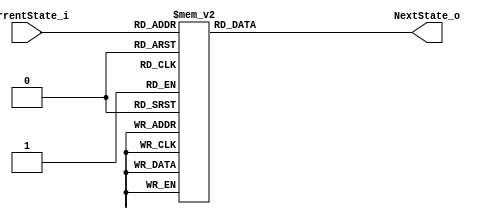
module NEXTSTATE(NextState_o, CurrentState_i);
	parameter 	S0 = 4'b0000,
					S1 = 4'b0001,
					S2 = 4'b0010,
					S3 = 4'b0011,
					S4 = 4'b0100,
					S5 = 4'b0101,
					S6 = 4'b0110,
					S7 = 4'b0111,
					S8 = 4'b1000,
					S9 = 4'b1001,
					S10 = 4'b1010,
					S11 = 4'b1011,
					S12 = 4'b1100,
					S13 = 4'b1101,
					S14 = 4'b1110;
	
	input [3:0] CurrentState_i;
	output [3:0] NextState_o;
	
	wire [3:0] CurrentState_i;
	reg [3:0] NextState_o;
	
	always @ (CurrentState_i) begin
		case (CurrentState_i)
			S0: NextState_o = S1;
			S1: NextState_o = S2;
			S2: NextState_o = S3;
			S3: NextState_o = S4;
			S4: NextState_o = S5;
			S5: NextState_o = S6;
			S6: NextState_o = S7;
			S7: NextState_o = S8;
			S8: NextState_o = S9;
			S9: NextState_o = S10;
			S10: NextState_o = S11;
			S11: NextState_o = S12;
			S12: NextState_o = S13;
			S13: NextState_o = S14;
			S14: NextState_o = S0;
			default: NextState_o = S0;
		endcase
	end
endmodule